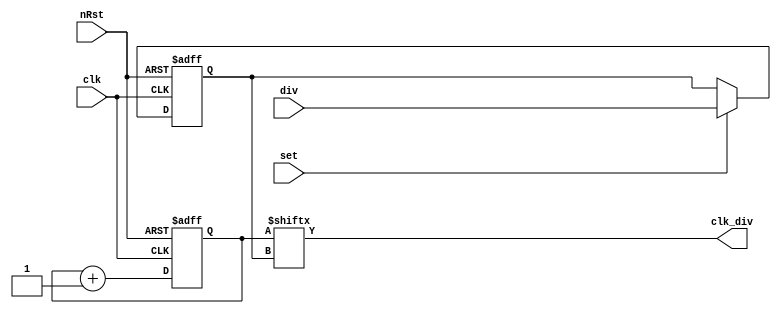
`timescale 1ns/1ps
module clk_div8(
	input				clk,
	input				nRst,
	input	   [7:0] div,
	input          set,
   output	      clk_div
);
   reg   [255:0]  count;
   reg   [7:0]    div_sel;    

   assign clk_div = count[div_sel];

	always@(posedge clk or negedge nRst) begin
      if(!nRst) begin 
         count    <= 256'd0;
         div_sel  <= 8'h00;
      end else begin
         count <= count + 256'h01; 
	      if(set) begin
            div_sel <= div;
         end
      end
   end
endmodule